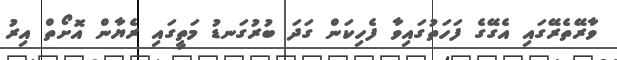
ވާރޭތެރޭގައި އެގޭގެ ފަހަތުގައިވާ ފެހިކަން ގަދަ ބުރުގަނޑު މަތީގައި ރެޔާން އޮށޯތް އިރު